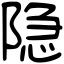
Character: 隐